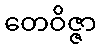
တေဝိဇ္ဇာ